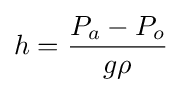
h={\frac {P_{a}-P_{o}}{g\rho }}